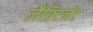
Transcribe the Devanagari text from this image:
लैफ़्टिनेंट